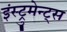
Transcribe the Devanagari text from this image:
इंस्ट्रुमेन्ट्स